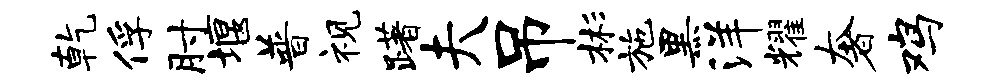
乾俘肘堰普视躇夫吊彬施黑洋耀奢鸡